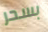
بسحر